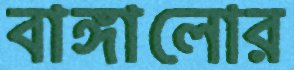
বাঙ্গালোর